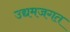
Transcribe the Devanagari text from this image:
उद्यमजगत